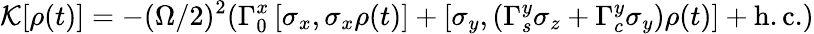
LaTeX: \mathcal{K}[\rho(t)]=-(\Omega/2)^{2}(\Gamma_{0}^{x}\left[\sigma_{x},\sigma_{x}\rho(t)\right]+\left[\sigma_{y},(\Gamma_{s}^{y}\sigma_{z}+\Gamma_{c}^{y}\sigma_{y})\rho(t)\right]+\mathrm{h.c.})